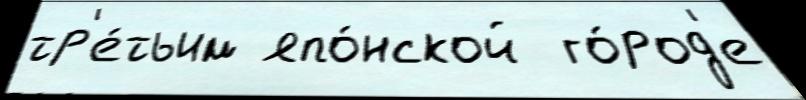
тр'е́тьим япо́нской  го́род'е